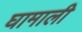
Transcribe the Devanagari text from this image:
घामाली